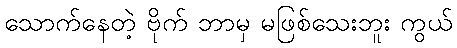
သောက်နေတဲ့ ဗိုက် ဘာမှ မဖြစ်သေးဘူး ကွယ်